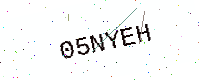
Text: 05NYEH